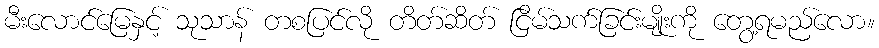
မီးလောင်မြေနှင့် သုသာန် တစပြင်လို တိတ်ဆိတ် ငြိမ်သက်ခြင်းမျိုးကို တွေ့ရမည်လော။